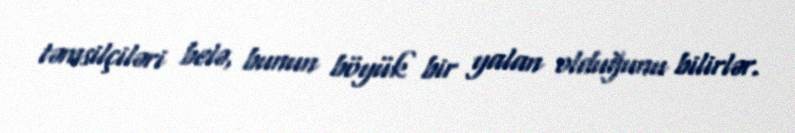
təmsilçiləri belə, bunun böyük bir yalan olduğunu bilirlər.